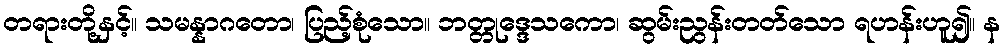
တရားတို့နှင့်။ သမန္နာဂတော၊ ပြည့်စုံသော။ ဘတ္တုဒ္ဒေသကော၊ ဆွမ်းညွန်းတတ်သော ရဟန်းဟူ၍။ န